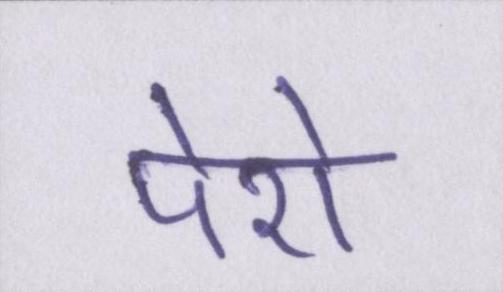
पेशे